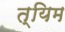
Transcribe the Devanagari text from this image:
त्यिम